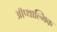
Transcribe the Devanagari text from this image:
ऑप्थाल्मिक